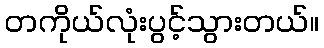
တကိုယ်လုံးပွင့်သွားတယ်။